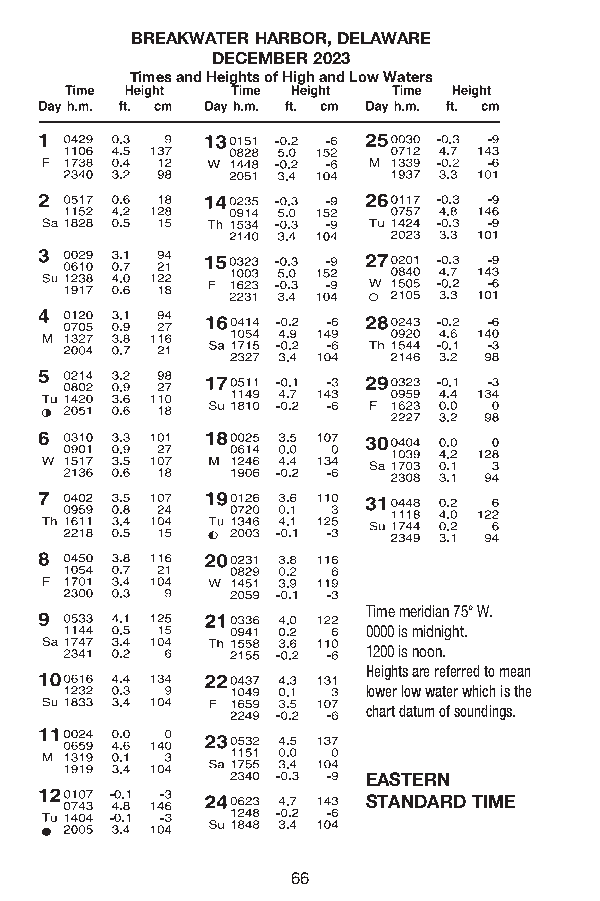
BREAKWATER HARBOR, DELAWARE
 DECEMBER 2023
 Times and Heights of High and Low Waters
 Time meridian 75° W.
 0000 is midnight.
 1200 is noon.
 Heights are referred to mean
 lower low water which is the
 chart datum of soundings.
 EASTERN
 STANDARD TIME
 66